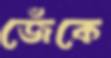
জেঁকে